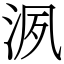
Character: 洬